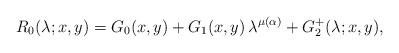
LaTeX: \begin{align*} R_0(\lambda; x,y) = G_0(x,y) + G_1(x,y)\, \lambda^{\mu(\alpha)} + G_2^+(\lambda;x,y), \end{align*}